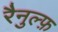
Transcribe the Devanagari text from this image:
रैनुल्फ़